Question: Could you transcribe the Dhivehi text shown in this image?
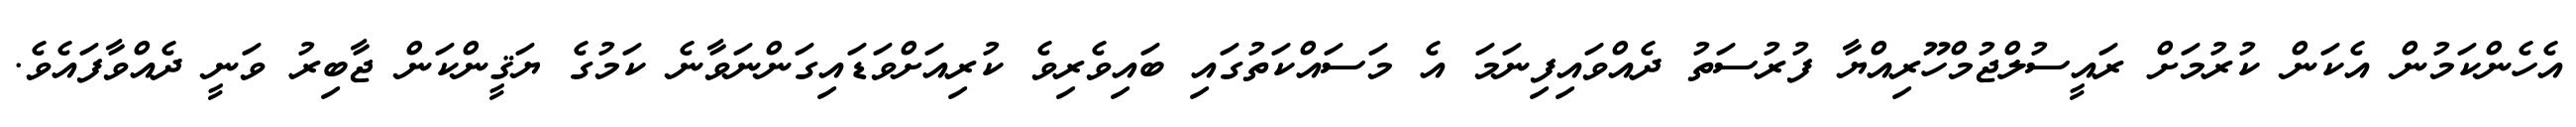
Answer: އެހެންކަމުން އެކަން ކުރުމަށް ރައީސުލްޖުމްހޫރިއްޔާ ފުރުސަތު ދެއްވައިފިނަމަ އެ މަސައްކަތުގައި ބައިވެރިވެ ކުރިއަށްވަޑައިގަންނަވާނެ ކަމުގެ ޔަޤީންކަން ޖާބިރު ވަނީ ދެއްވާފައެވެ.